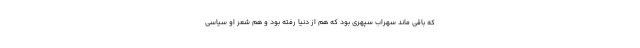
که باقی ماند سهراب سپهری بود که هم از دنیا رفته بود و هم شعر او سیاسی